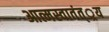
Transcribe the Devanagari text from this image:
आत्मस्वातंत््रय